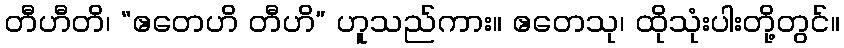
တီဟီတိ၊ “ဧတေဟိ တီဟိ” ဟူသည်ကား။ ဧတေသု၊ ထိုသုံးပါးတို့တွင်။